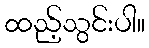
ထည့်သွင်းပါ။